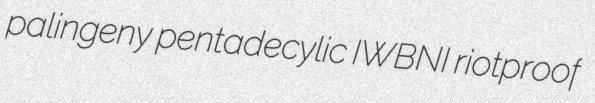
palingeny pentadecylic IWBNI riotproof